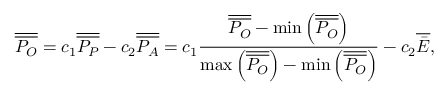
\overline { { \overline { { { P _ { O } } } } } } = { c _ { 1 } } \overline { { \overline { { { P _ { P } } } } } } - { c _ { 2 } } \overline { { \overline { { { P _ { A } } } } } } = { c _ { 1 } } \frac { { \overline { { \overline { { { P _ { O } } } } } } - \operatorname* { m i n } \left( { \overline { { \overline { { { P _ { O } } } } } } } \right) } } { { \operatorname* { m a x } \left( { \overline { { \overline { { { P _ { O } } } } } } } \right) - \operatorname* { m i n } \left( { \overline { { \overline { { { P _ { O } } } } } } } \right) } } - { c _ { 2 } } \overline { { \bar { E } } } ,